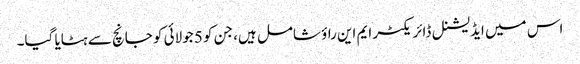
اس میں ایڈیشنل ڈائریکٹر ایم این راؤ شامل ہیں، جن کو 5 جولائی کو جانچ سے ہٹایا گیا۔